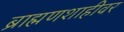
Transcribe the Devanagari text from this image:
ब्राह्मणशाहीवर